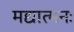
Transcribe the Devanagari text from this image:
मद्यात्मनः